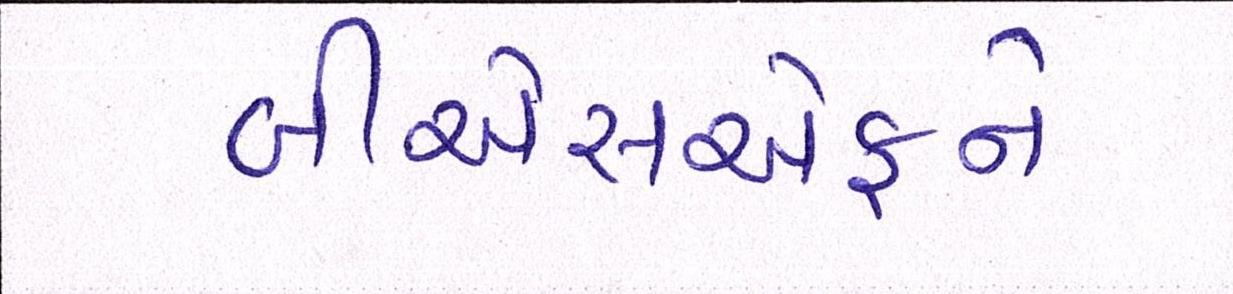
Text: બીએસએફને